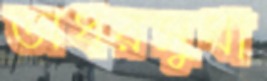
অধরসুধা